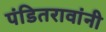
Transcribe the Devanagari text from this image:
पंडितरावांनी